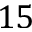
1 5